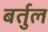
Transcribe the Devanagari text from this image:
बर्तुल